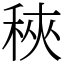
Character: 𥞵